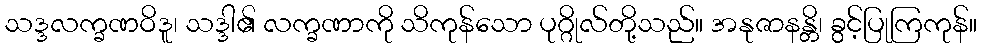
သဒ္ဒလက္ခဏဝိဒူ၊ သဒ္ဒါ၏ လက္ခဏာကို သိကုန်သော ပုဂ္ဂိုလ်တို့သည်။ အနုဇာနန္တိ၊ ခွင့်ပြုကြကုန်။